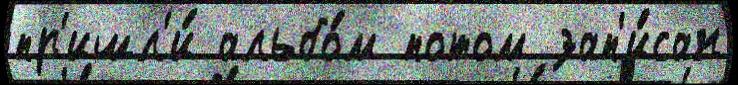
пр'ишл'и́ альбо́м потом зап'и́сан